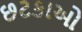
છટકાઓ